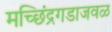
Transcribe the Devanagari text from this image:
मच्छिंद्रगडाजवळ